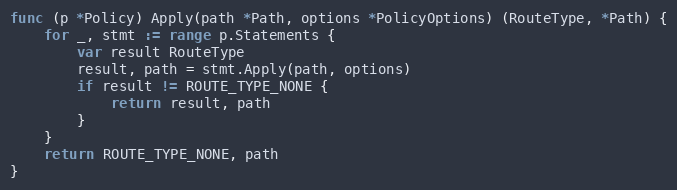
Language: Go
func (p *Policy) Apply(path *Path, options *PolicyOptions) (RouteType, *Path) {
	for _, stmt := range p.Statements {
		var result RouteType
		result, path = stmt.Apply(path, options)
		if result != ROUTE_TYPE_NONE {
			return result, path
		}
	}
	return ROUTE_TYPE_NONE, path
}